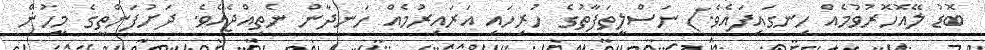
ބޮޑު ލޭއޮހޮރުވުމެއް ހިނގައިފައެވެ.) ނަސްލީތަފާތުގެ ހުރިހައި އަރައިރުމެއް ހަނދާން ނެތިއްޖެއެވެ. ދަށުފަންތީގެ މީހުން